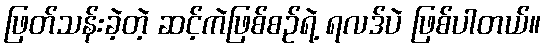
ဖြတ်သန်းခဲ့တဲ့ ဆင့်ကဲဖြစ်စဉ်ရဲ့ ရလဒ်ပဲ ဖြစ်ပါတယ်။